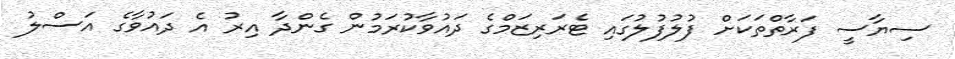
ސިޔާސީ ފަރާތްތަކަށް ފުލުފުލުގައި ޓެރަރިޒަމްގެ ދައުވާކުރަމުން ގެންދާ އިރު އެ ދައުވާގެ އަސްލު